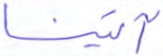
آتينا